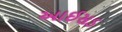
આઈસડ